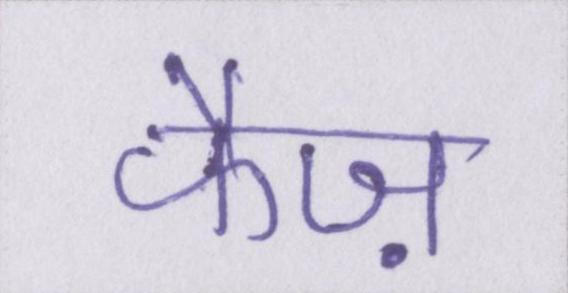
फैज़